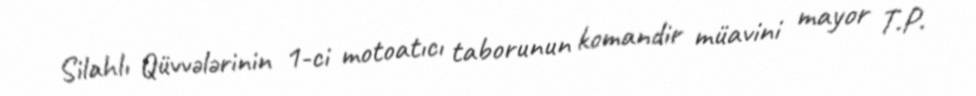
Silahlı Qüvvələrinin 1-ci motoatıcı taborunun komandir müavini mayor T.P.